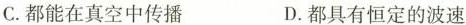
C.都能在真空中传播 D.都具有恒定的波速